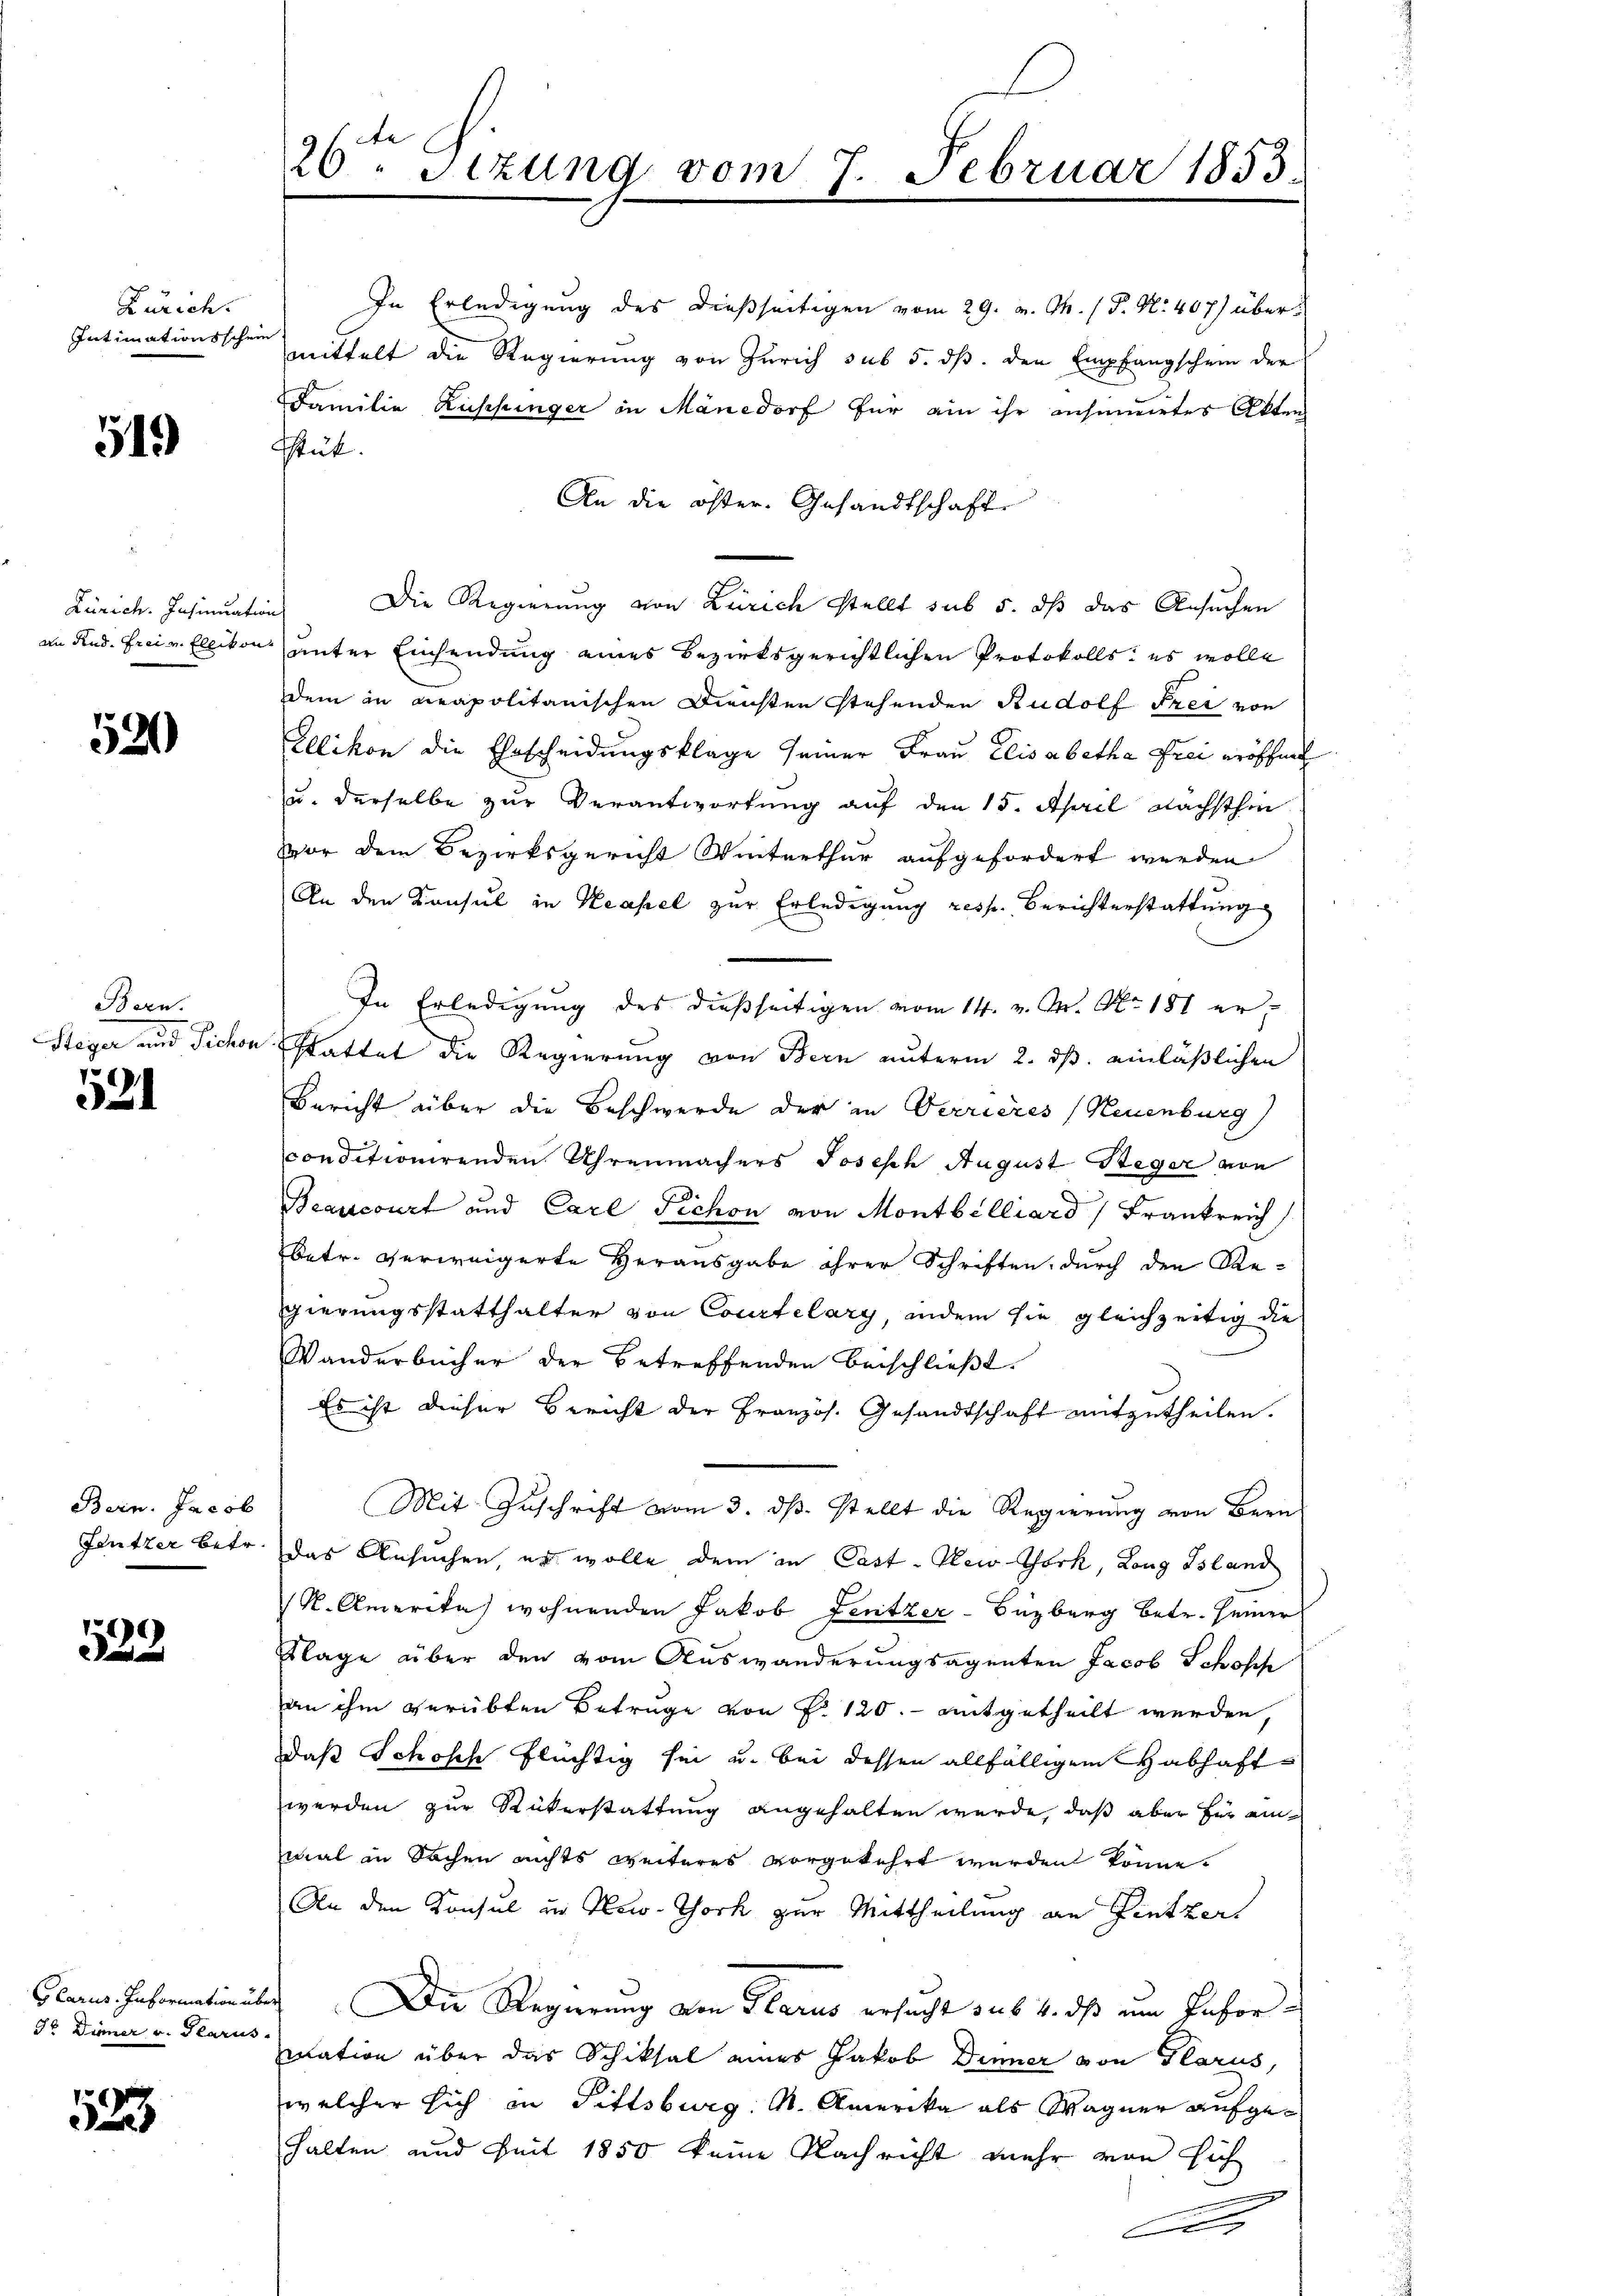
Zürich.
Intimationsschein

519)

Zürich. Insinuation
an Fend. Frei v. Ellikon

521

Bern.
Steger und Sichen

521

Bern. Jacob
Feutzer betr.

532

Glarus. Information un
5o Diener v. Plarus

52

26ten Sizung vom 7. Februar 1853.

In Erledigung des dießseitigen vom 29. v. Ch. / P. N. 407) übermittelt die Regierung von Zürich sub 5. dß. den Empfangschein der
Familie Ruschunger in Mänedorf für ein ihr nehmiirtes Akten
Stük.
An die öster. Gesandtschaft
Die Regierung von Zürich stellt sub 5. dß das Ansuchen
unter Einsendung eines Bezirksgerichtlichen Protokolls es wolle
dem in neapolitanischen Diensten stehenden Rudolf Frei von
Ellikon die Ehrscheidungsklage seiner Frau Elisabetha Frei eröffnet
u. derselbe zur Verantwortung auf den 15. April nächsthin
Vor dem Bezirksgericht Winterthur aufgefordert werden
An den Konsul in Neapel zur Erledigung resp. Berichterstattung
In Erledigung des dießseitigen vom 14. v. M. No. 181 er¬
Stattet die Regierung von Bern unterm 2. ds. einläßlichen
Bericht über die Beschwerde der in Verrieres (Neuenburg
conditionirenden Uhrenmachers Joseph August Steger von
Beasscourt und Carl Fichon von Montbilliard Frankreich
betr. verweigerte Herausgabe ihrer Schriften, durch den Regierungsstatthalter von Courtelary, indem sie gleichzeitig die
Wanderbücher der betreffenden beischließt:
Es ist dieser Bericht der Französ. Gesandtschaft mitzutheilen.
Mit Zuschrift vom 3. ds. stellt die Regierung von Bern
das Ansuchen, es wolle dem an Cast- New-York, Lang Island
R. Amerika wohnenden Jakob Zenitzer-Buzberg betr. seiner
Klage über den vom Auswanderungsagenten Jacob Schopf
an ihm verübten Betrage von P. 120. - mitgetheilt werden,
daß Schosch flüchtig sei u. bei dessen allfälligem Habhafts
werden zur Rükerstattung angehalten wurde, daß aber für einmal in Sachen nichts weiteres vorgekehrt werden könne.
An den Konsul in New-York zur Mittheilung an Pintzer
) Die Regierung von Glarus ersucht sub. 4. ds um Infor-
mation über das Schiksal eines Jakob Dinner von Glarus,
welcher sich in Pittsburg, A. Amerika als Wagner aufgehalten und Zeit 1850 keine Nachricht mehr von sich
Cc.